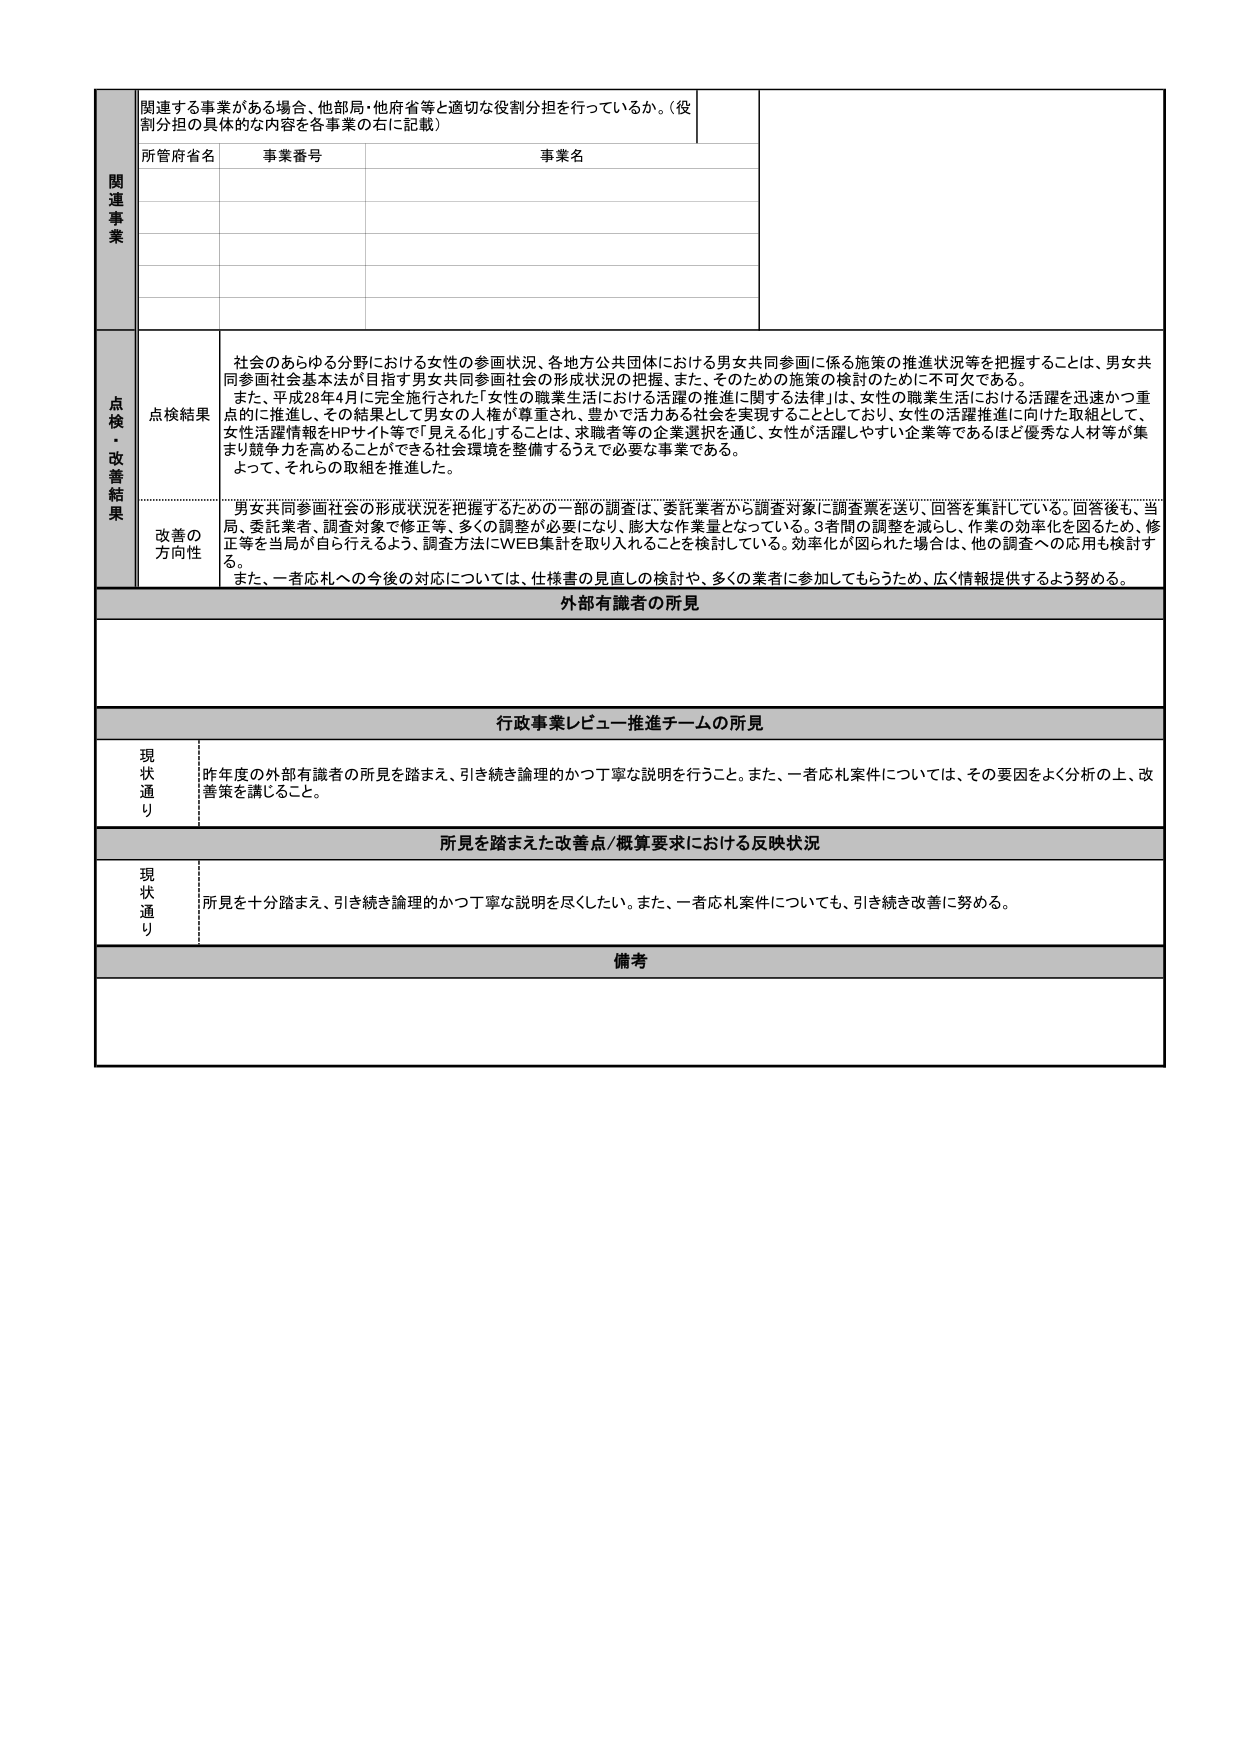
関連する事業がある場合、他部局・他府省等と適切な役割分担を行っているか。（役割分担の具体的な内容を各事業の右に記載）

所管府省名　事業番号　事業名

関連事業

点検・改善結果

点検結果
社会のあらゆる分野における女性の参画状況、各地方公共団体における男女共同参画に係る施策の推進状況等を把握することは、男女共同参画社会基本法が目指す男女共同参画社会の形成状況の把握、また、そのための施策の検討のために不可欠である。
また、平成28年4月に完全施行された「女性の職業生活における活躍の推進に関する法律」は、女性の職業生活における活躍を迅速かつ重点的に推進し、その結果として男女の人権が尊重され、豊かで活力ある社会を実現することとしており、女性の活躍推進に向けた取組として、女性活躍情報をHPサイト等で「見える化」することは、求職者等の企業選択を通じ、女性が活躍しやすい企業等であるほど優秀な人材等が集まり競争力を高めることができる社会環境を整備するうえで必要な事業である。
よって、それらの取組を推進した。

改善の方向性
男女共同参画社会の形成状況を把握するための一部の調査は、委託業者から調査対象に調査票を送り、回答を集計している。回答後も、当局、委託業者、調査対象で修正等、多くの調整が必要になり、膨大な作業量となっている。3者間の調整を減らし、作業の効率化を図るため、修正等を当局が自ら行えるよう、調査方法にWEB集計を取り入れることを検討している。効率化が図られた場合は、他の調査への応用も検討する。
また、一者応札への今後の対応については、仕様書の見直しの検討や、多くの業者に参加してもらうため、広く情報提供するよう努める。

外部有識者の所見

行政事業レビュー推進チームの所見

現状通り
昨年度の外部有識者の所見を踏まえ、引き続き論理的かつ丁寧な説明を行うこと。また、一者応札案件については、その要因をよく分析の上、改善策を講じること。

所見を踏まえた改善点/概算要求における反映状況

現状通り
所見を十分踏まえ、引き続き論理的かつ丁寧な説明を尽くしたい。また、一者応札案件についても、引き続き改善に努める。

備考